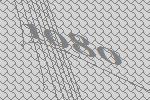
1080